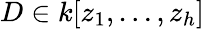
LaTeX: D\in k[z_{1},\ldots,z_{h}]